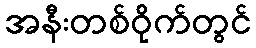
အနီးတစ်ဝိုက်တွင်